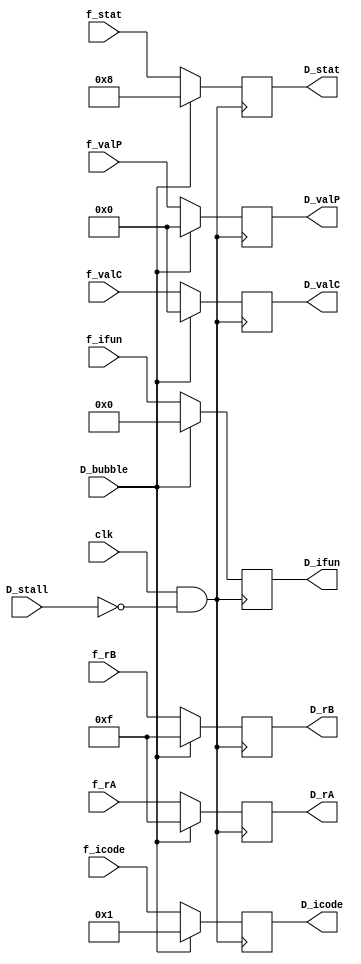
module D_regs(D_stat,D_icode,D_ifun,D_rA,D_rB,D_valC,D_valP,D_bubble,D_stall,f_stat,f_icode,f_ifun,f_rA,f_rB,f_valC,f_valP,clk);

input [3:0] f_stat;
input [3:0] f_icode,f_ifun;
input [3:0] f_rA,f_rB;
input [63:0] f_valC,f_valP;
input D_bubble,D_stall;
input clk;

output wire [3:0] D_stat;
output wire [3:0] D_icode,D_ifun;
output wire [3:0] D_rA,D_rB;
output wire [63:0] D_valC,D_valP;

reg [3:0] D_stat1;
reg [3:0] D_icode1,D_ifun1;
reg [3:0] D_rA1,D_rB1;
reg [63:0] D_valC1,D_valP1;

initial
begin
    D_stat1=8;
    D_icode1=1;
    D_ifun1=0;
    D_rA1=0;
    D_rB1=0;
    D_valC1=0;
    D_valP1=0;
end

assign D_stat = D_stat1;
assign D_icode = D_icode1;
assign D_ifun = D_ifun1;
assign D_rA = D_rA1;
assign D_rB = D_rB1;
assign D_valC = D_valC1;
assign D_valP = D_valP1;

always@(posedge clk && !D_stall)
begin
    if(D_bubble)
    begin
        D_stat1<=4'b1000;
        D_icode1<=4'h1;
        D_ifun1<=4'h0;
        D_rA1<=4'hf;
        D_rB1<=4'hf;
        D_valC1<=64'h0;
        D_valP1<=64'h0;
    end
    else
    begin
        D_stat1<=f_stat;
        D_icode1<=f_icode;
        D_ifun1<=f_ifun;
        D_rA1<=f_rA;
        D_rB1<=f_rB;
        D_valC1<=f_valC;
        D_valP1<=f_valP;
    end
end

endmodule